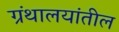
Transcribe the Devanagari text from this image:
ग्रंथालयांतील